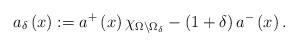
LaTeX: \begin{align*}a_{\delta}\left( x\right) :=a^{+}\left( x\right) \chi_{\Omega\setminus\Omega_{\delta}}-\left( 1+\delta\right) a^{-}\left( x\right) .\end{align*}